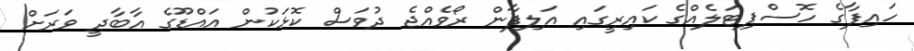
ހައިފާގެ ހޮސްޕިޓަލެއްގެ ކައިރީގައި އަލިފާން ރޯވެއްޖެ ދުވަސް ކޮޅަކުން އައްޑޫގެ އާބާދީ ވަރަށް